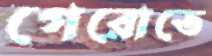
গেরোতে